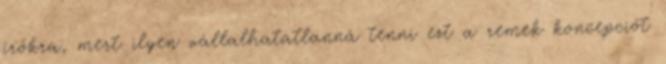
írókra, mert ilyen vállalhatatlanná tenni ezt a remek koncepciót